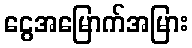
ငွေအမြောက်အမြား